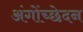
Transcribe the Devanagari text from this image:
अंगोंच्छेदन